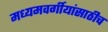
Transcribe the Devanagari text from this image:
मध्यमवर्गीयांसाठीच